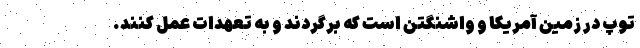
توپ در زمین آمریکا و واشنگتن است که برگردند و به تعهدات عمل کنند.